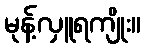
မုန့်လှူရကျိုး။